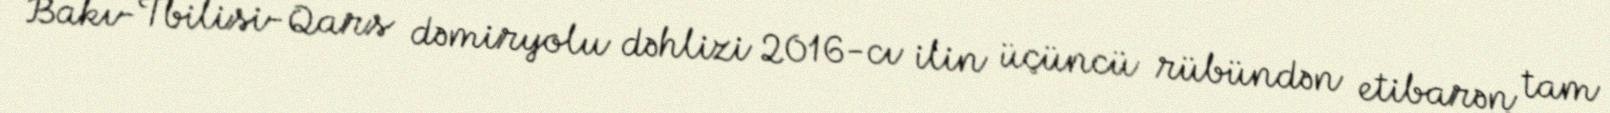
Bakı-Tbilisi-Qars dəmiryolu dəhlizi 2016-cı ilin üçüncü rübündən etibarən tam